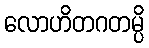
လောဟိတဂတမ္ပိ